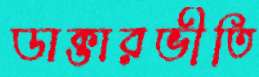
ডাক্তারভীতি